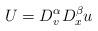
LaTeX: \begin{align*} U = D_v^{\alpha} D_x^{\beta} u\end{align*}